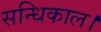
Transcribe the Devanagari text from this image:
सन्धिकाल।